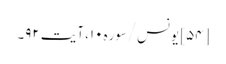
[۵۴] یونس/سوره۱۰، آیت ۹۲۔